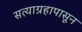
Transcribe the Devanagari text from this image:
सत्याग्रहापासून